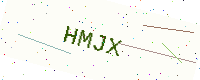
Text: HMJX